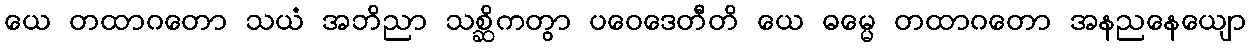
ယေ တထာဂတော သယံ အဘိညာ သစ္ဆိကတွာ ပဝေဒေတီတိ ယေ ဓမ္မေ တထာဂတော အနညနေယျော